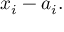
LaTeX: x _ { i } - a _ { i } .